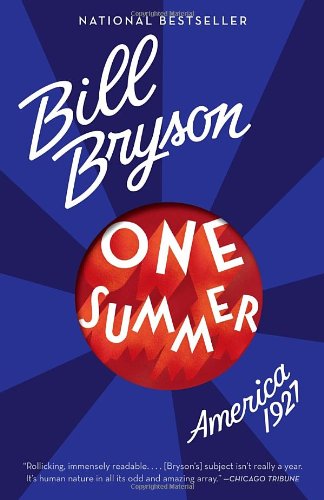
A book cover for One Summer: America, 1927; Bill Bryson; Humor & Entertainment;